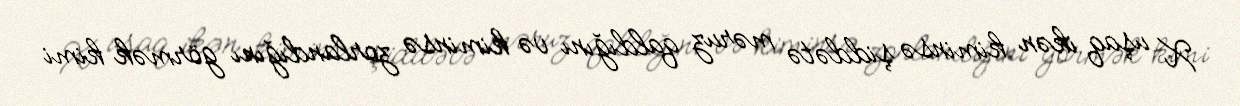
X uşaq ikən kiminsə şiddətə məruz qaldığını və kiminsə zorlandığını görmək kimi